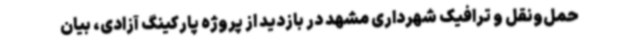
حمل‌ونقل و ترافیک شهرداری مشهد در بازدید از پروژه پارکینگ آزادی، بیان